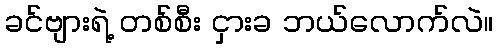
ခင်ဗျားရဲ့ တစ်စီး ငှားခ ဘယ်လောက်လဲ။